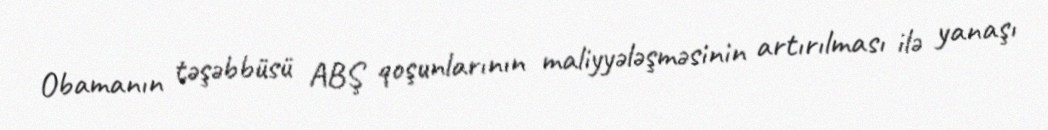
Obamanın təşəbbüsü ABŞ qoşunlarının maliyyələşməsinin artırılması ilə yanaşı